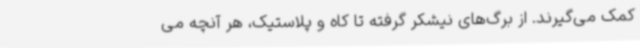
کمک می‌گیرند. از برگ‌های نیشکر گرفته تا کاه و پلاستیک، هر آنچه می